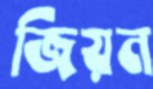
জিয়ন